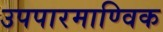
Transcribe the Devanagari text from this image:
उपपारमाण्विक